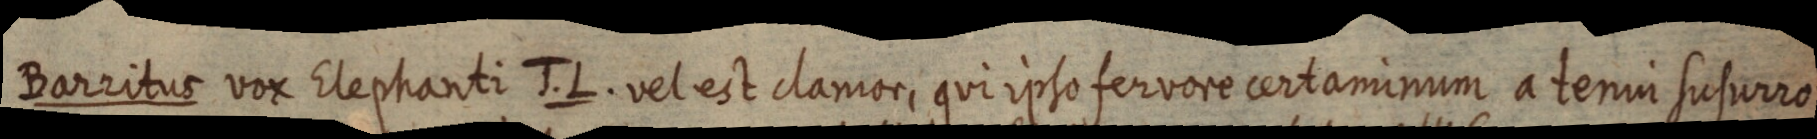
Barritus vox Elephanti J. L. vel est clamor, qui ipso fervore certaminum a tenui susurro